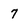
Character: 7